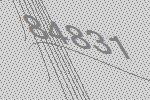
84831